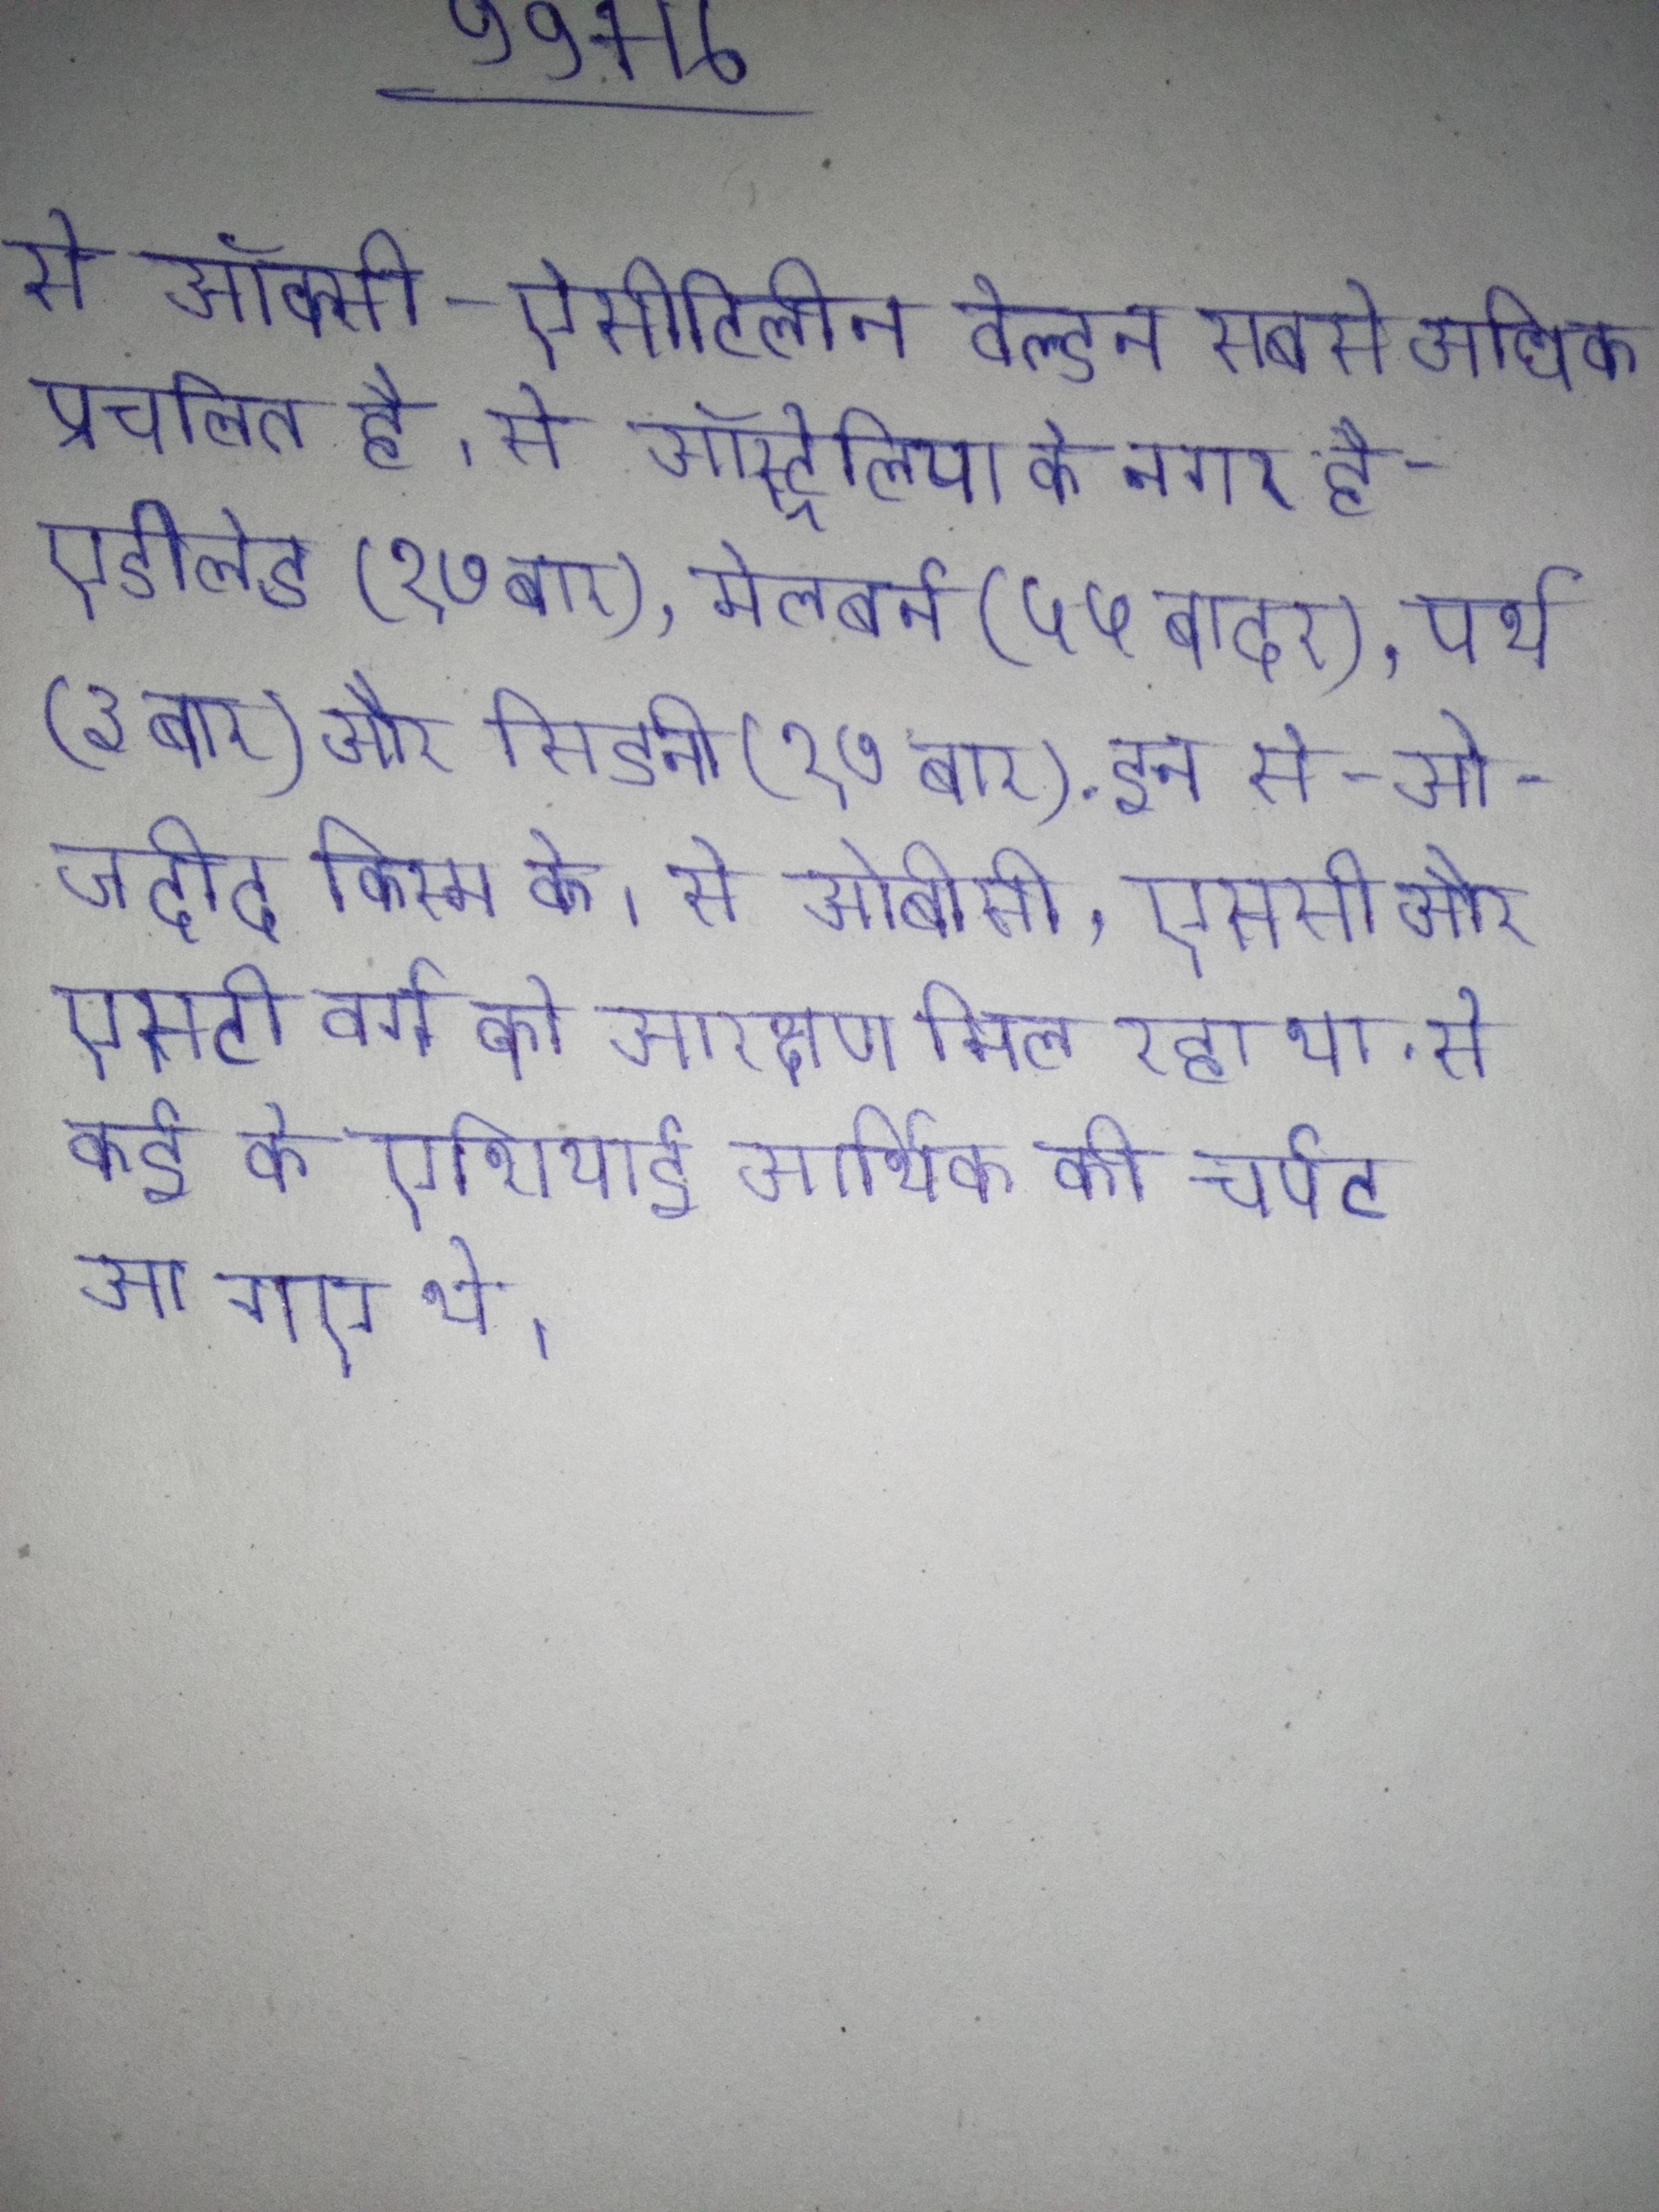
से ऑक्सी-ऐसीटिलीन वेल्डन सबसे अधिक प्रचलित है । से ऑस्ट्रेलिया के नगर हे- एडीलेड(१७ बार), मेलबर्न(५५ बार), पर्थ(३ बार) और सिडनी(१७ बार) . इन से-ओ-जदीद किस्म के । से ओबीसी, एससी और एसटी वर्ग को आरक्षण मिल रहा था . से कई के एशियाई आर्थिक की चपेट आ गए थे ।